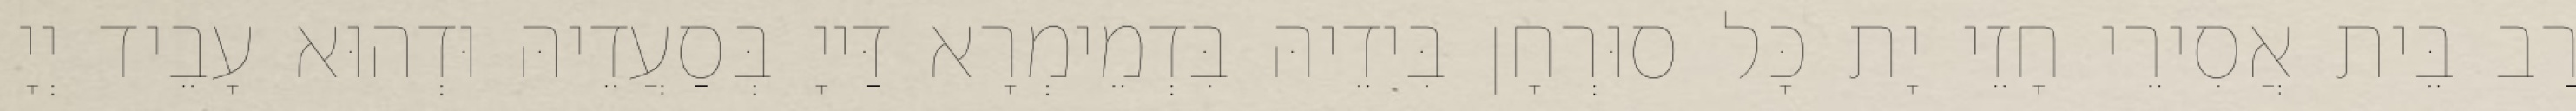
רַב בֵּית אֲסִירֵי חָזֵי יָת כָּל סוּרְחָן בִּידֵיהּ בִּדְמֵימְרָא דַּייָ בְּסַעֲדֵיהּ וּדְהוּא עָבֵיד יְיָ